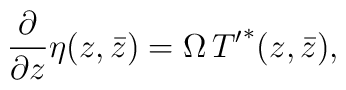
\frac{\partial}{\partial z} \eta({z, \bar{z}})= \Omega \, {T^\prime}^*({z, \bar{z}}),